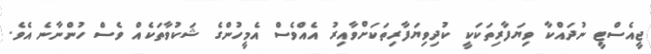
ޖީއެސްޓީ ނުދައްކާ ވިޔަފާރިތަކަކީ ކުދިވިޔަފާރިތަކަށްވާއިރު އެއްވެސް އެމީހުންގެ ޝަކުވާތަކެއް ވެސް ހުންނާނެ އެވެ.